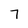
Character: 7